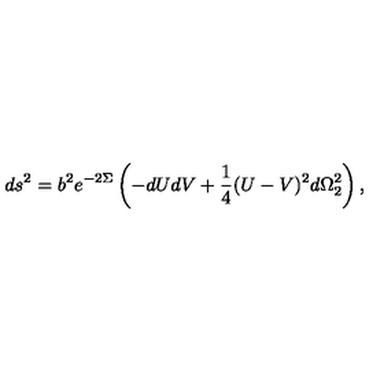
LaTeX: d s ^ { 2 } = b ^ { 2 } e ^ { - 2 \Sigma } \left( - d U d V + \frac { 1 } { 4 } ( U - V ) ^ { 2 } d \Omega _ { 2 } ^ { 2 } \right) ,